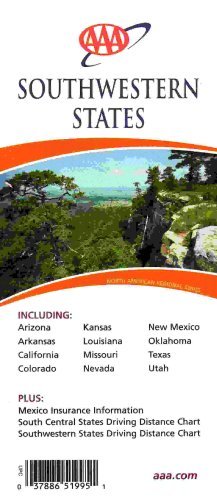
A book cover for AAA Southwestern States: Including Arizona, Arkansas, California, Colorado, Kansas, Louisiana, Missouri, Nevada, New Mexico, Oklahoma, Texas, Utah: Plus Mexico Insurance Information, South Central & S; AAA; Travel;